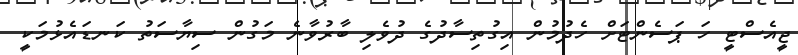
ޖީއެސްޓީ ހަ ޕަސެންޓަށް ހެދުމުން އިގުތިސާދުގެ ދުވެލި ބާރުވާނެ މަގުން ސިޔާސަތު ކަނޑައެޅުމަކީ